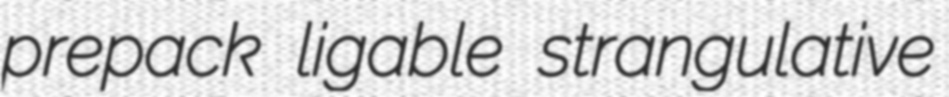
prepack ligable strangulative